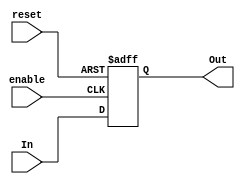
`timescale 1ns / 1ps

(* dont_touch = "true" *)
module DFF(In, enable, reset, Out);
    input In, enable, reset;
    output reg Out;

    always@(posedge enable or posedge reset)begin
        if(reset)
            Out=1'b0;
        else
            Out=In;
    end
endmodule